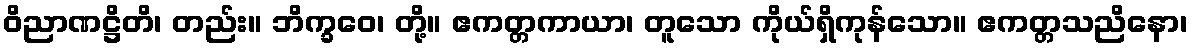
ဝိညာဏဋ္ဌိတိ၊ တည်း။ ဘိက္ခဝေ၊ တို့။ ဧကတ္တကာယာ၊ တူသော ကိုယ်ရှိကုန်သော။ ဧကတ္တသညိနော၊